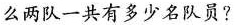
么两队一共有多少名队员?